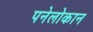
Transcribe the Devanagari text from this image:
पनेलोकान